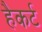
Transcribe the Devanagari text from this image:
हैकर्ट